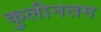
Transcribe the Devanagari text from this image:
कुलीनतम